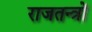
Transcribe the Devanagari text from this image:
राजतन्त्रों